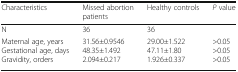
<table><thead><tr><td><b>Characteristics</b></td><td><b>Missed abortion patients</b></td><td><b>Healthy controls</b></td><td><b><i>P</i> value</b></td></tr></thead><tbody><tr><td>N</td><td>36</td><td>36</td><td></td></tr><tr><td>Maternal age, yearsGestational age, daysGravidity, orders</td><td>31.56±0.954648.35±1.4922.094±0.217</td><td>29.00±1.52247.11±1.801.926±0.337</td><td>&gt;0.05&gt;0.05&gt;0.05</td></tr></tbody></table>